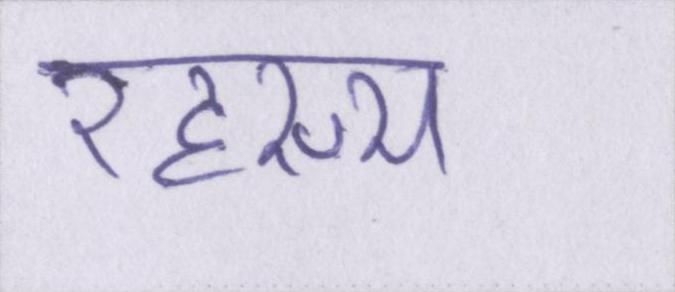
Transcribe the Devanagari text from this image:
रहस्य